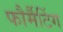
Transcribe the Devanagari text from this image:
फौर्मैटिंग